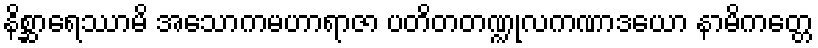
နိစ္ဆာရေဿာမိ အသောကမဟာရာဇာ ပတိတတဏ္ဍုလကဏာဒယော နာမိကတ္တေ